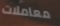
معاملات